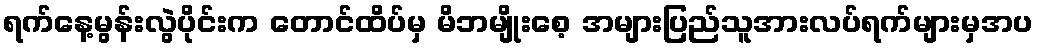
ရက်နေ့မွန်းလွဲပိုင်းက တောင်ထိပ်မှ မိဘမျိုးစေ့ အများပြည်သူအားလပ်ရက်များမှအပ